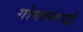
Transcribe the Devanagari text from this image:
गोगलगाई